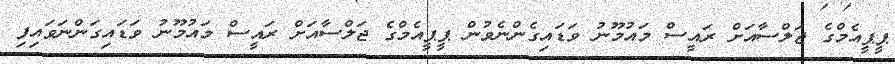
ޕީޕީއެމްގެ ޖަލްސާއަށް ރައީސް މައުމޫނު ވަޑައިގެންނެވުން ޕީޕީއެމްގެ ޖަލްސާއަށް ރައީސް މައުމޫނު ވަޑައިގަންނަވައިފި